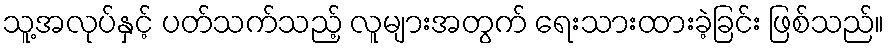
သူ့အလုပ်နှင့် ပတ်သက်သည့် လူများအတွက် ရေးသားထားခဲ့ခြင်း ဖြစ်သည်။